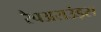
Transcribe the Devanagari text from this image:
रैपअराउंड्स